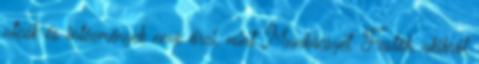
utcák és intézmények neve őrzi, mint Munkácsyét. Festők, akikről